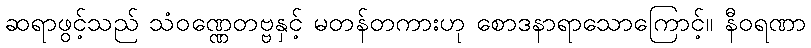
ဆရာဖွင့်သည် သံဝဏ္ဏေတဗ္ဗနှင့် မတန်တကားဟု စောဒနာရာသောကြောင့်။ နီဝရဏာ